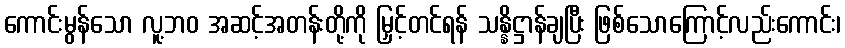
ကောင်းမွန်သော လူ့ဘဝ အဆင့်အတန်းတို့ကို မြှင့်တင်ရန် သန္နိဋ္ဌာန်ချပြီး ဖြစ်သောကြောင့်လည်းကောင်း၊